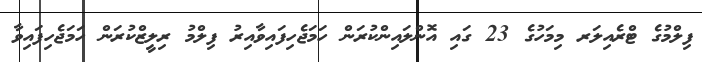
ފިލްމުގެ ޓްރެއިލަރ މިމަހުގެ 23 ގައި އޮންލައިންކުރަން ހަމަޖެހިފައިވާއިރު ފިލްމު ރިލީޒްކުރަން ހަމަޖެހިފައިވާ